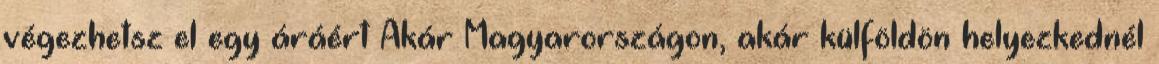
végezhetsz el egy áráért Akár Magyarországon, akár külföldön helyezkednél